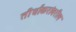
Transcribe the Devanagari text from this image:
तीर्थांकरांवरील